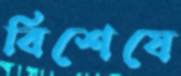
বিশেষে